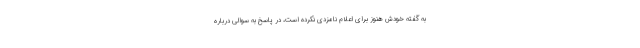
به گفته خودش هنوز برای اعلام نامزدی نکرده است، در پاسخ به سوالی درباره